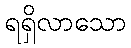
ရရှိလာသော